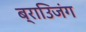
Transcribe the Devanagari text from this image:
ब्राउिजंग